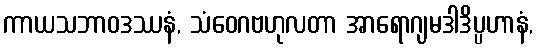
ကာယသဘာဝဒဿနံ, သံဝေဂဗဟုလတာ အာရောဂျမဒါဒိပ္ပဟာနံ,